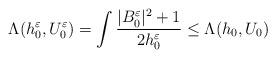
LaTeX: \begin{align*}\Lambda(h^{\varepsilon}_{0},U^{\varepsilon}_{0})=\int\frac{|B^{\varepsilon}_{0}|^{2}+1}{2h^{\varepsilon}_{0}}\leq\Lambda(h_{0},U_{0})\end{align*}